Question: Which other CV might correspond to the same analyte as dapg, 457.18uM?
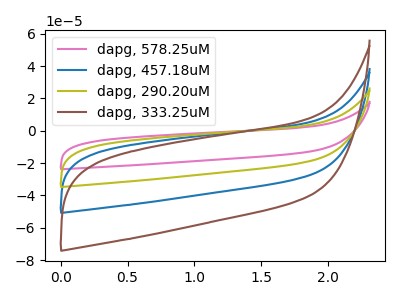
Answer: <think>The pink curve "dapg, 578.25uM" has no peaks. The blue curve "dapg, 457.18uM" has no peaks. The olive curve "dapg, 290.20uM" has no peaks. The brown curve "dapg, 333.25uM" has no peaks.
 Neither "dapg, 578.25uM" or "dapg, 457.18uM" have any peaks. Neither "dapg, 578.25uM" or "dapg, 290.20uM" have any peaks. Neither "dapg, 578.25uM" or "dapg, 333.25uM" have any peaks. Neither "dapg, 457.18uM" or "dapg, 290.20uM" have any peaks. Neither "dapg, 457.18uM" or "dapg, 333.25uM" have any peaks. Neither "dapg, 290.20uM" or "dapg, 333.25uM" have any peaks.</think>
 <answer>"dapg, 457.18uM", "dapg, 290.20uM" and "dapg, 333.25uM" have a similar shape to "dapg, 578.25uM".</answer>
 <eval>"dapg, 457.18uM" "dapg, 290.20uM" "dapg, 333.25uM"</eval>